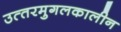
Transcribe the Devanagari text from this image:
उत्‍तरमुगलकालीन